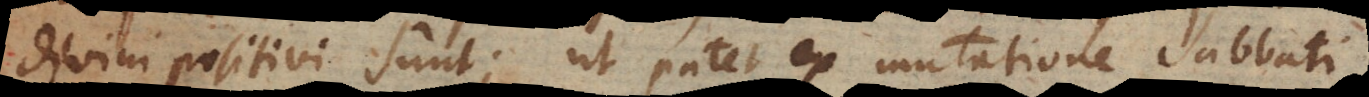
divini positivi sunt; ut patet ex mutatione sabbati